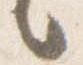
言